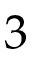
3